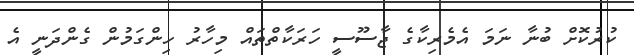
ކުރުކޮށް ބުނާ ނަމަ އެމެރިކާގެ ޖާސޫސީ ހަރަކާތްތައް މިހާރު ހިންގަމުން ގެންދަނީ އެ